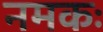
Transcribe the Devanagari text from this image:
नमकः